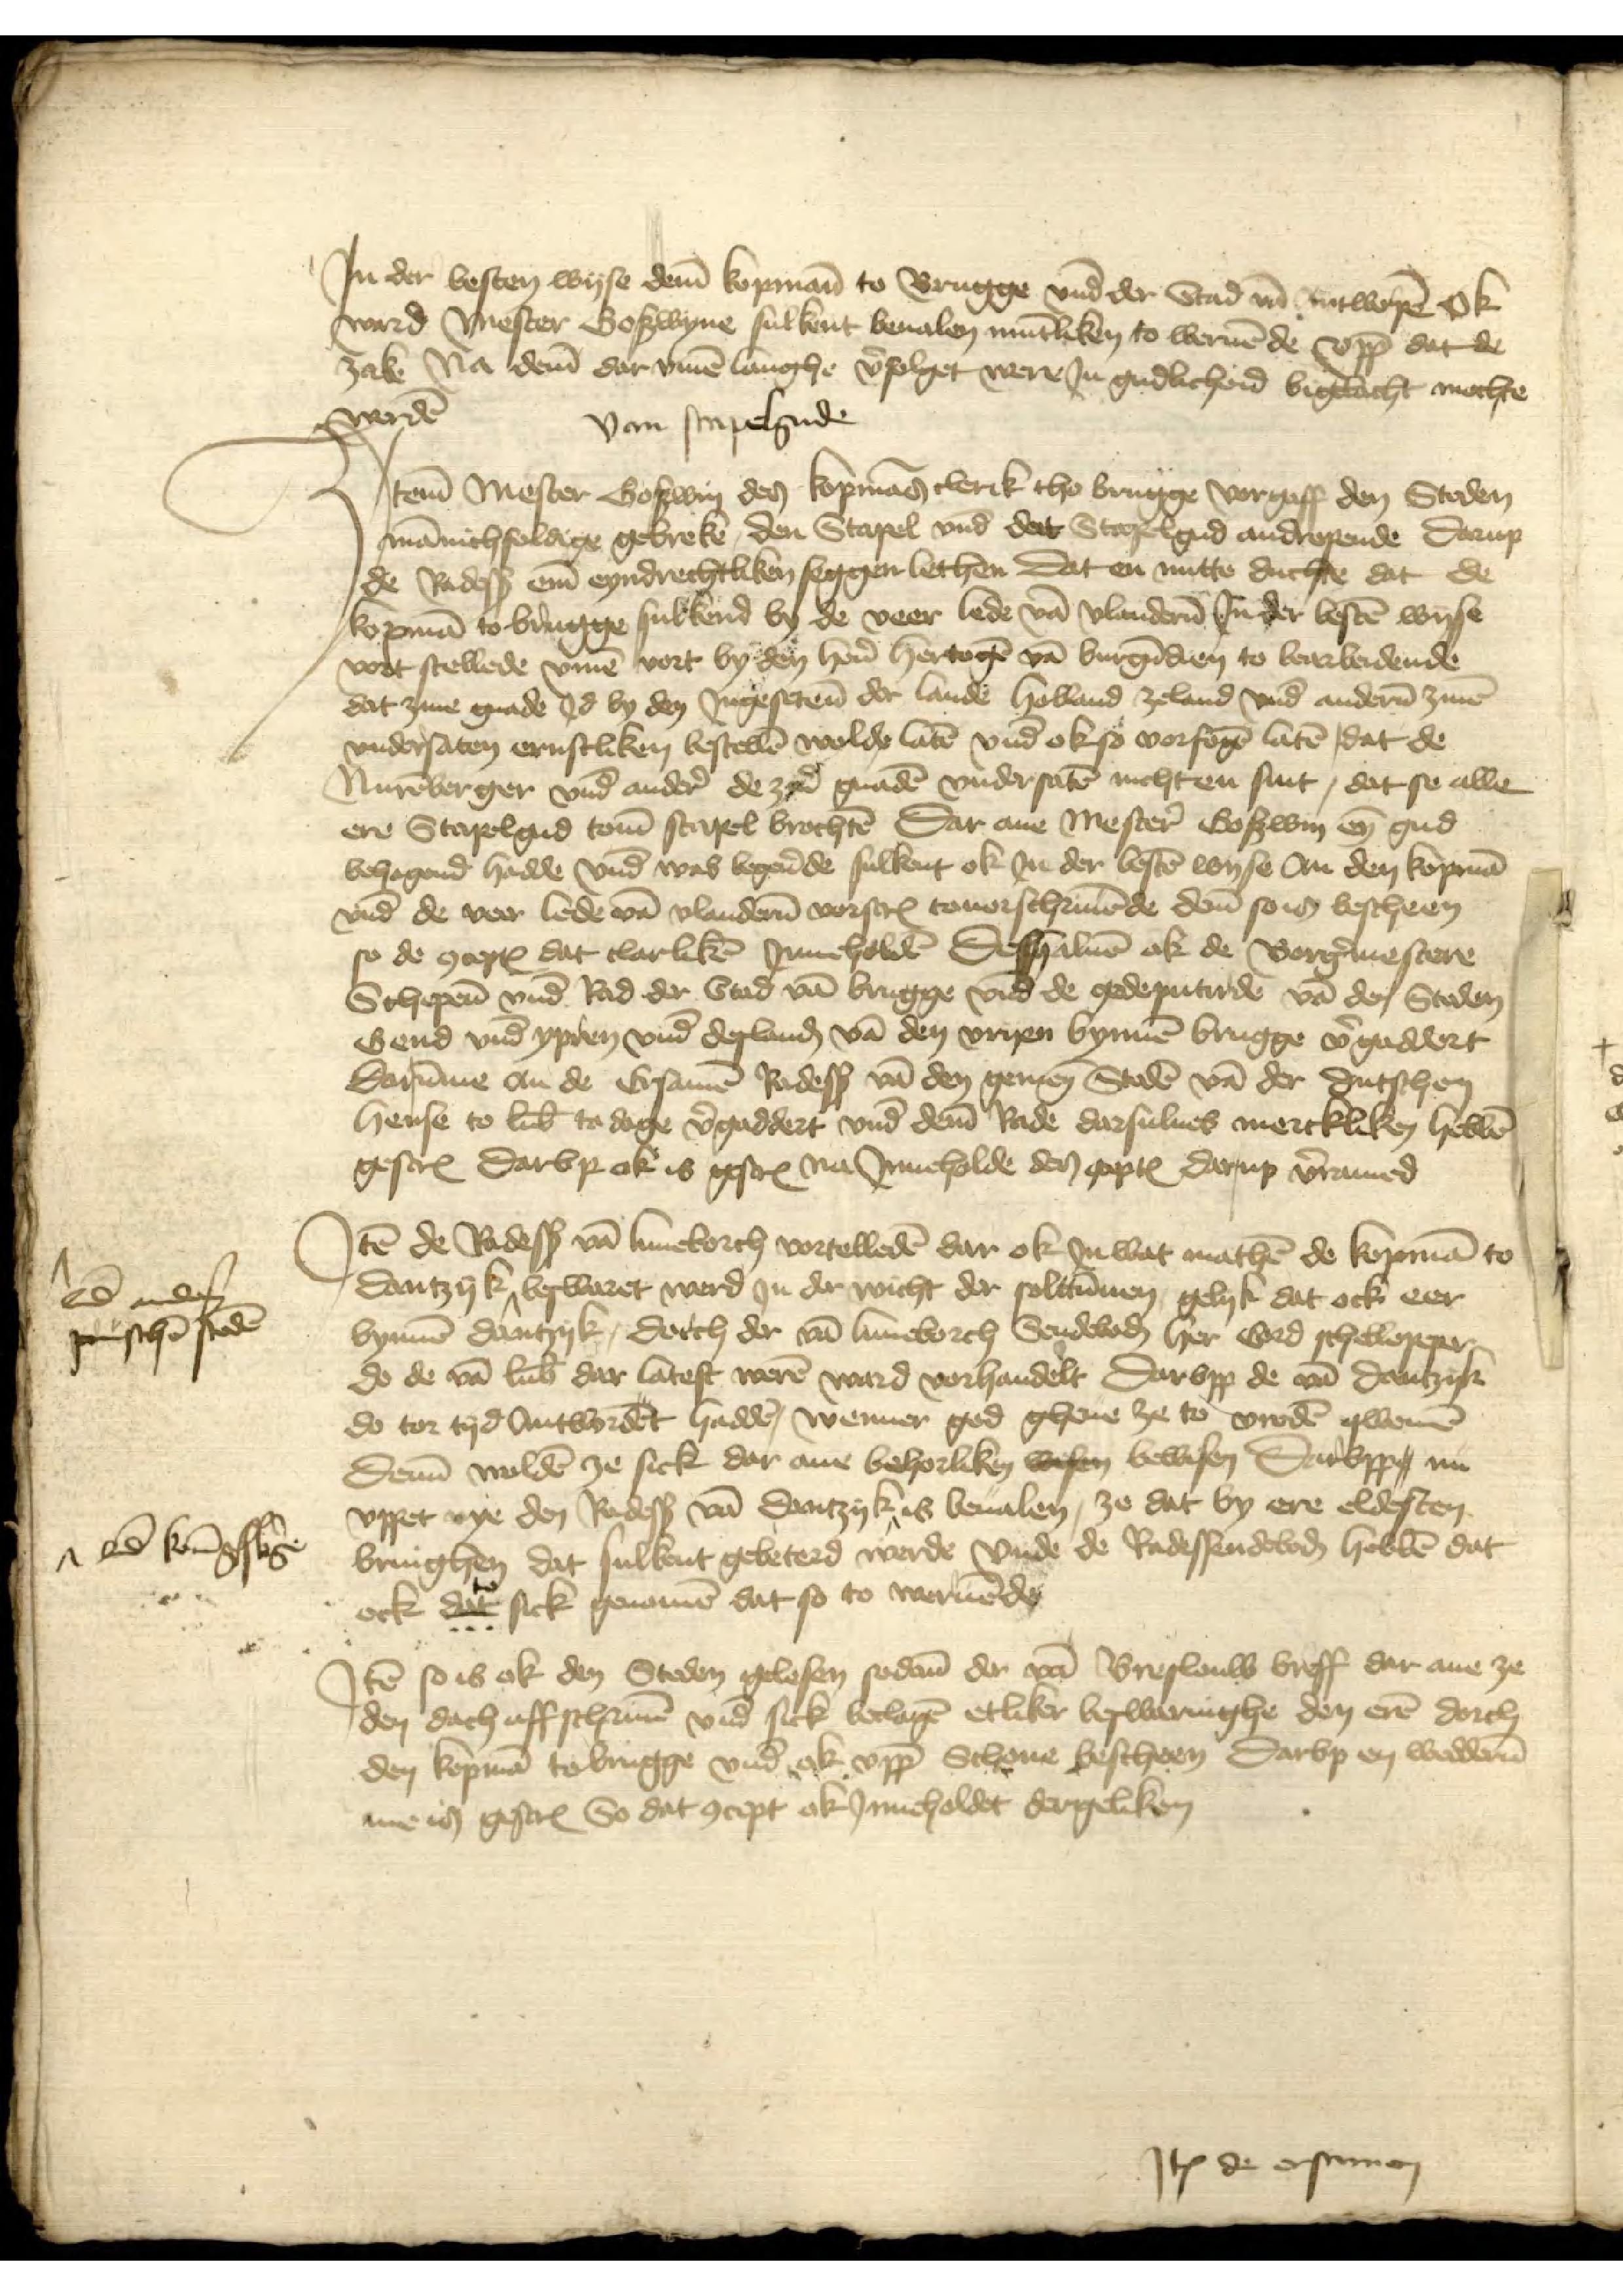
Jn der besten wyse deme kopmann to Brugge vnd der Stad van Antwerpen ok
ward Mester Goswyne sulkent beualen muntliken to weruen de vpp dat de
zake na deme dar vmme langhe vorfolget were Jn gudlicheid bigelacht mochte
werden

van stapelgude
Jtem Mester Goswin des kopmans clerik tho Brugge vorgoff den Steden
mannichfoldige gebreke, den Stapel vnd dat Stapelgud andrepende, Darup
de Radessendeboden ene eyndrechtliken seggen lethen dat en nutte duchte dat ede
kopman to Brugge sulkend by de veer lede van Vlanderen Jn der besten wyse
vort stellede vmme vort by den heren hertogen van Burgunden to bearbeidende
dat zine gnade Jd by den Jngesetenen de lande Holland Zeland vnd anderen zinen
vndersaten ernstliken bestellen wolde laten vnd ok so vorfogen laten dat de
Nurenberger vnd andere de ziner gnaden vndersaten nicht en sint, dat se alle
ere Stapelgud tome stapel brochten Dar ane Mestere Goswin en gud
behogend hadde vnd was begerende sulkent ok Jn der besten wyse an den kopman
vnd de veer lede van Vlanderen vorscreuen touerschriuende deme so is bescheen
so de oepen dat clarliken Jnneholden Deshaluen ok de Borgermestere
Schepenen vnd Rad der Stad van Brugge vnd de gedeputirde van der Steden
Gend vnd Ypren vnd deslandes van den vryen bynnen Brugge vorgaddert
Darumme an de Ersamen Radessendeboden van den gemenen Steden van der dutschen
hense to Lubeke to dage vergaddert vnd deme Rade darsulues merckliken hebben
gescreuen darvp ok is gescreuen na Jnneholde den pte Darup vorramed

Jtem de Radessendeboden van Luneborch vortelleden dar ok Jn wat mathen de kopman to
Dantzyk ^ beswaret werd Jn der wicht der solttunnen, gelyk dat ock eer
bynnen Dantzyk, dorch der van Luneborch Sendeboden her Gerd Schellepeper
do de van Lubek dar latest weren ward vorhandelt Darvpp de van Dantzik
do tor tyd Antwordet hadden, wenner god gheue ze to vroden qwemen
deme wolden ze sick dar ane behorliken wesen bewesen Darvppe nu
vppet nye den Radessendeboden van Dantzyk ^ is beualen, ze dat by ere eldesten
bringhen dat sulkent gebeterd werde vnde de Radessendeboden hebben dat
ock to sick genomen dat so to weruende

vnd anderen
preußischen steden

^vnd Koningsberge

Jtem so is ok den Steden gelesen sodane de van Breslouw breff dar ane ze
den dach affschriuen vnd sick beclagen etliker beswaringhe den eren dorch
den kopman to Brugge vnd ok vppe Schone bescheen, Darvp en wedderen
me in gescreuen So dat Postscript ok Jnneholdet dergeliken

Item de ersamen